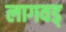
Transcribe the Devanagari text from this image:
लागवड्